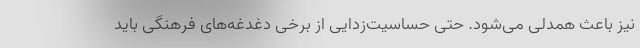
نیز باعث همدلی می‌شود. حتی حساسیت‌زدایی از برخی دغدغه‌های فرهنگی باید